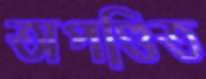
অপণ্ডিত